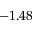
- 1 . 4 8